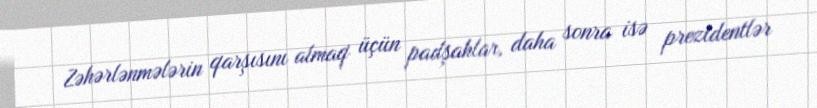
Zəhərlənmələrin qarşısını almaq üçün padşahlar, daha sonra isə prezidentlər